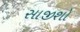
સાજીશો